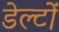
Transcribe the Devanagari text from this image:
डेल्टों